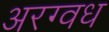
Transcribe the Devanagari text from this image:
अरग्वध